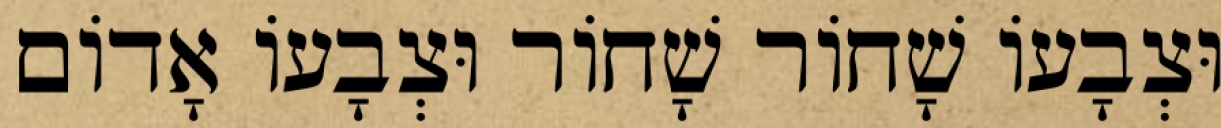
וּצְבָעוֹ שָׁחוֹר שָׁחוֹר וּצְבָעוֹ אָדוֹם